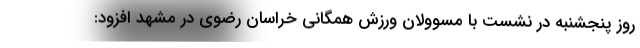
روز پنجشنبه در نشست با مسوولان ورزش همگانی خراسان رضوی در مشهد افزود: